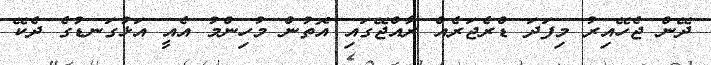
ދޭން ޖެހޭއިރު މިފަދަ ޑްރެޖަރެއް ރާއްޖޭގައި އޮތުން މުހިންމު އެއީ އަޅުގަނޑުގެ ދެކޭ